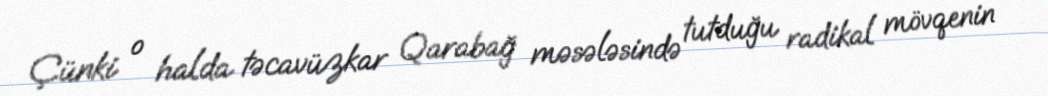
Çünki o halda təcavüzkar Qarabağ məsələsində tutduğu radikal mövqenin